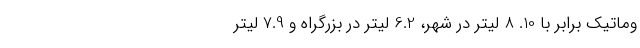
وماتیک برابر با 10. 8 لیتر در شهر، 6.2 لیتر در بزرگراه و 7.9 لیتر